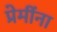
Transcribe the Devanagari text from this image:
प्रेमींना